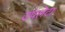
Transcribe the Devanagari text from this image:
उपलेटा